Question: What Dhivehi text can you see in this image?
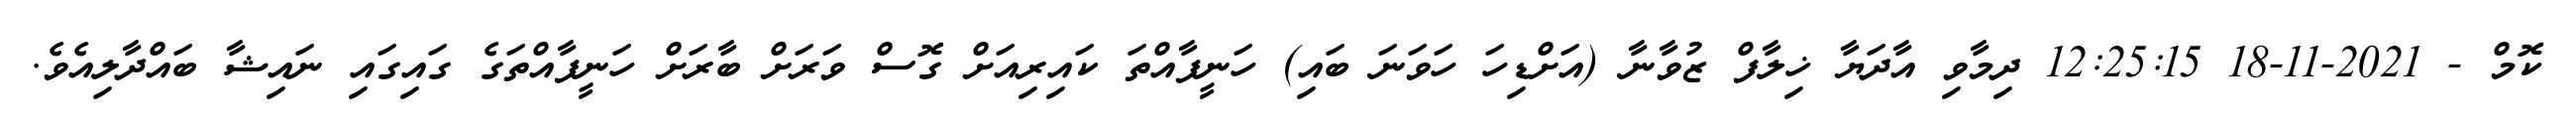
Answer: ކޮމް - 2021-11-18 12:25:15 ދިމާވި އާދަޔާ ޚިލާފް ޒުވާނާ (އަށްޑިހަ ހަވަނަ ބައި) ހަނީފާއްތަ ކައިރިއަށް ގޮސް ވަރަށް ބާރަށް ހަނީފާއްތަގެ ގައިގައި ނައިޝާ ބައްދާލިއެވެ.